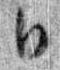
日